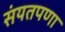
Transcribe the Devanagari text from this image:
संयतपणा